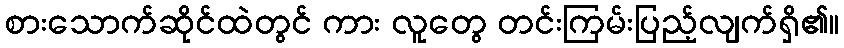
စားသောက်ဆိုင်ထဲတွင် ကား လူတွေ တင်းကြမ်းပြည့်လျက်ရှိ၏။